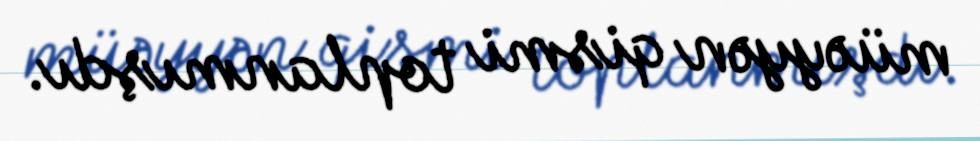
müəyyən qismi toplanmışdı.